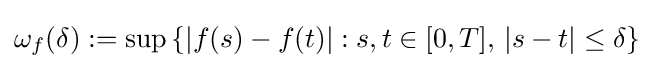
\omega _{f}(\delta ):=\sup \left\{|f(s)-f(t)|:s,t\in [0,T],\,|s-t|\leq \delta \right\}